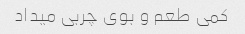
کمی طعم و بوی چربی میداد